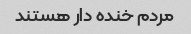
مردم خنده دار هستند